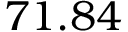
7 1 . 8 4 \